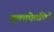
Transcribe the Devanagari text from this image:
मुक्तफेकीने